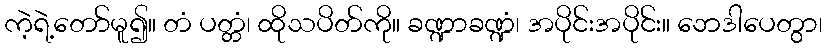
ကဲ့ရဲ့တော်မူ၍။ တံ ပတ္တံ၊ ထိုသပိတ်ကို။ ခဏ္ဍာခဏ္ဍံ၊ အပိုင်းအပိုင်း။ ဘေဒါပေတွာ၊